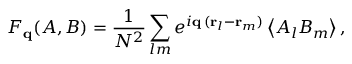
F _ { \mathbf { q } } ( A , B ) = \frac { 1 } { N ^ { 2 } } \sum _ { l m } e ^ { i \mathbf { q } \, ( \mathbf { r } _ { l } - \mathbf { r } _ { m } ) } \left\langle A _ { l } B _ { m } \right\rangle ,